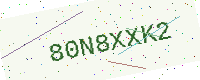
Text: 80N8XXK2